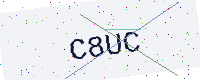
Text: C8UC